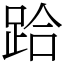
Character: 跲